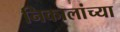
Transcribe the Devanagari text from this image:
निकालांच्या